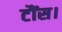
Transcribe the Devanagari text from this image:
टौंस।